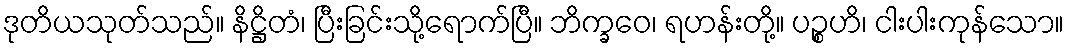
ဒုတိယသုတ်သည်။ နိဋ္ဌိတံ၊ ပြီးခြင်းသို့ရောက်ပြီ။ ဘိက္ခဝေ၊ ရဟန်းတို့။ ပဉ္စဟိ၊ ငါးပါးကုန်သော။